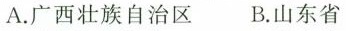
A.广西壮族自治区B.山东省